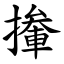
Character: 撪